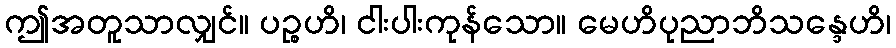
ဤအတူသာလျှင်။ ပဉ္စဟိ၊ ငါးပါးကုန်သော။ မေဟိပုညာဘိသန္ဒေဟိ၊